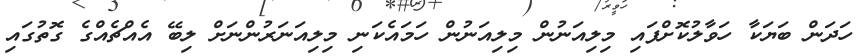
ހަދަން ބަޔަކާ ހަވާލުކޮށްފައި މިލިއަނުން މިލިއަނުން ހަމައެކަނި މިލިއަނަރުންނަށް ލިބޭ އެއްޗެއްގެ ގޮތުގައި